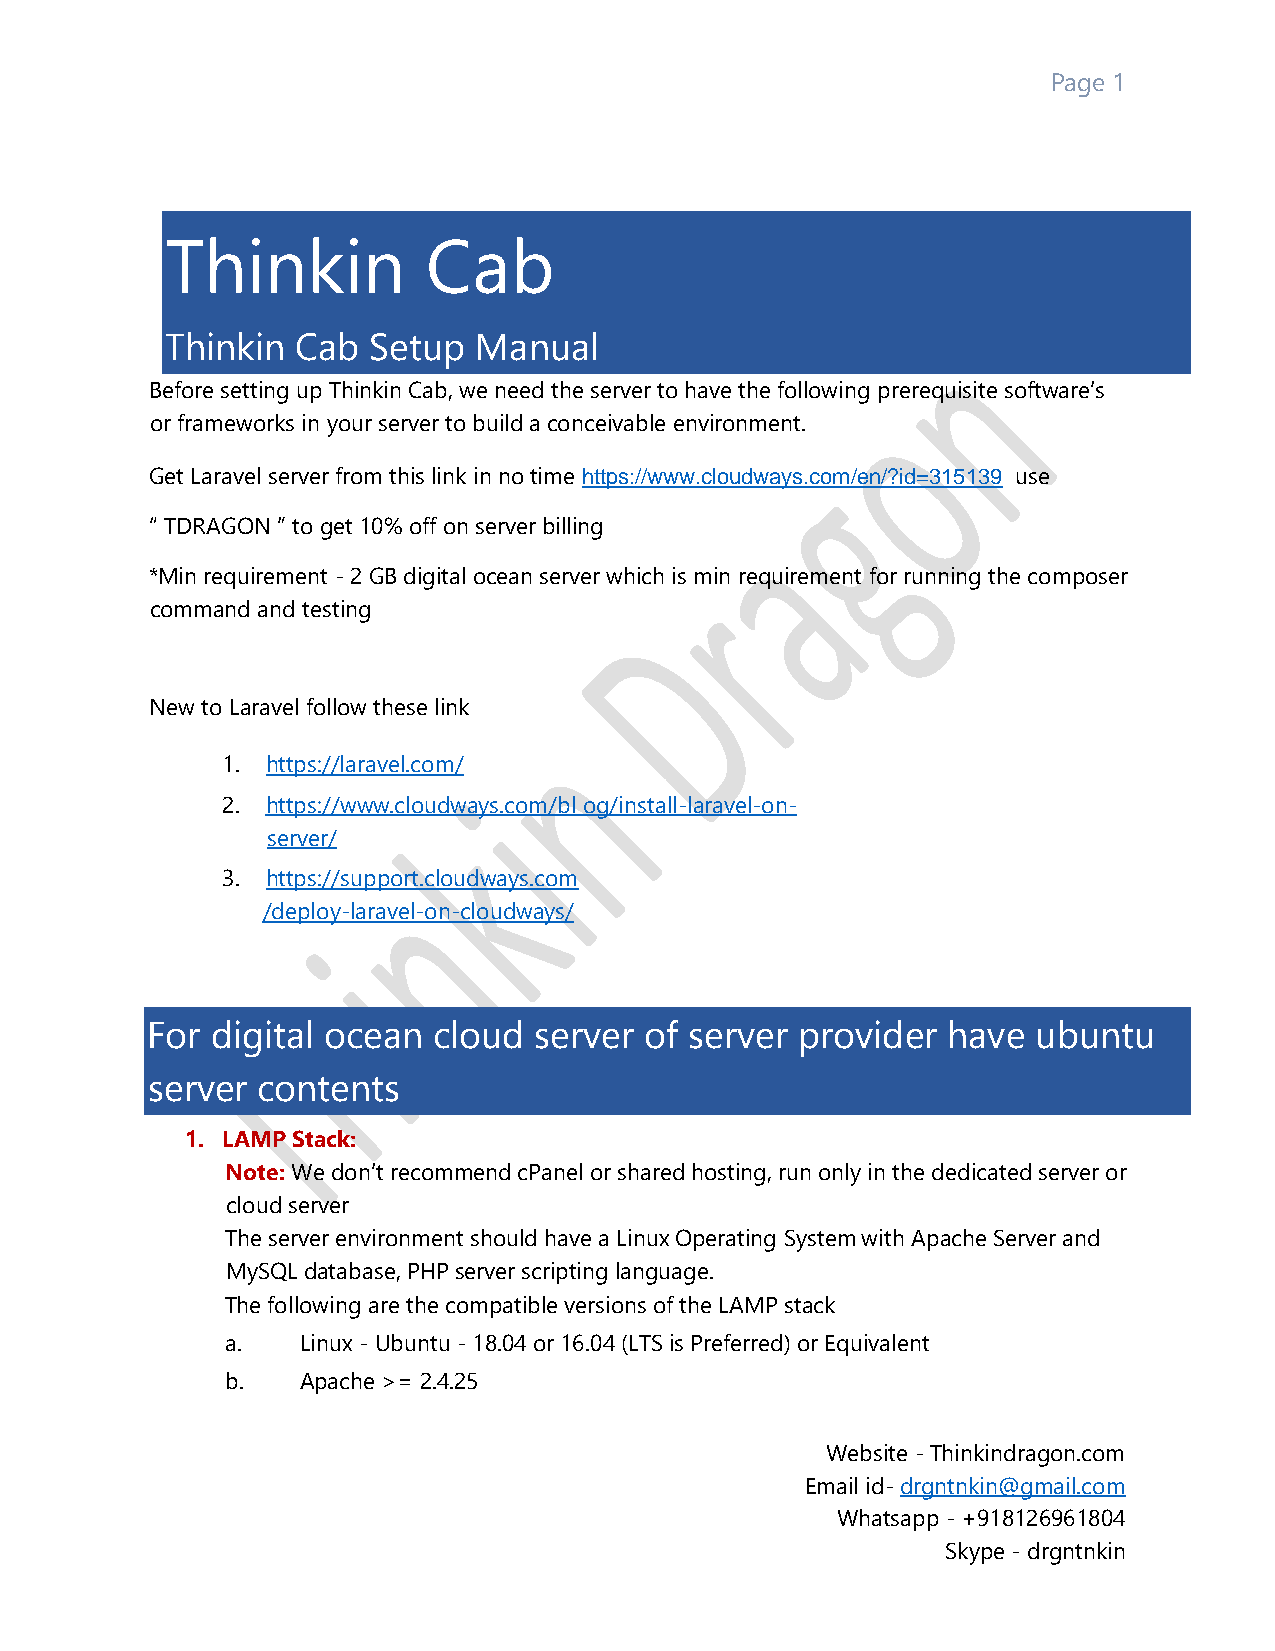
Page 1
 Thinkin          Cab
 Thinkin  Cab Setup  Manual
 Before setting up Thinkin Cab, we need the server to have the following prerequisite software’s
 or frameworks in your server to build a conceivable environment.
 Get Laravel server from this link in no time https://www.cloudways.com/en/?id=315139 use
 “ TDRAGON ” to get 10% off on server billing
 *Min requirement - 2 GB digital ocean server which is min requirement for running the composer
 command and testing
 New to Laravel follow these link
 1. https://laravel.com/
 2. https://www.cloudways.com/bl og/install-laravel-on-
 server/
 3. https://support.cloudways.com
 /deploy-laravel-on-cloudways/
 For digital ocean  cloud server  of server provider  have  ubuntu
 server contents
 1. LAMP Stack:
 Note: We don’t recommend cPanel or shared hosting, run only in the dedicated server or
 cloud server
 The server environment should have a Linux Operating System with Apache Server and
 MySQL database, PHP server scripting language.
 The following are the compatible versions of the LAMP stack
 a.   Linux - Ubuntu - 18.04 or 16.04 (LTS is Preferred) or Equivalent
 b.   Apache >= 2.4.25
 Website - Thinkindragon.com
 Email id- drgntnkin@gmail.com
 Whatsapp - +918126961804
 Skype - drgntnkin